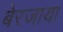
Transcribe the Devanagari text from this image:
बेरजाया